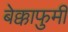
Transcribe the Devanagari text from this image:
बेक्काफुमी